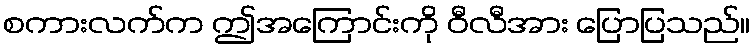
စကားလက်က ဤအကြောင်းကို ဝီလီအား ပြောပြသည်။